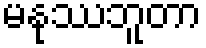
မနုဿဘူတာ